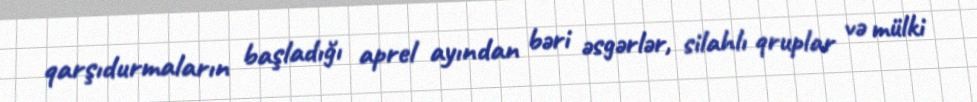
qarşıdurmaların başladığı aprel ayından bəri əsgərlər, silahlı qruplar və mülki